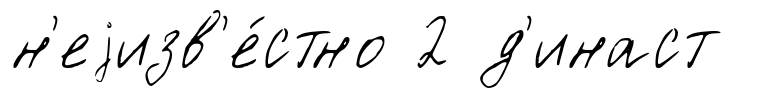
н'еjизв'е́стно 2 д'инаст